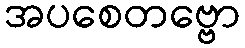
အပစေတဗ္ဗော